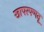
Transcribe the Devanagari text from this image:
खापरपणतू